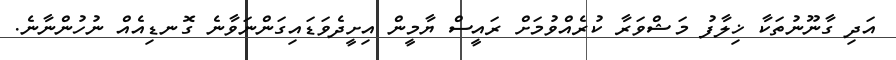
އަދި ގާނޫނުތަކާ ޚިލާފު މަޝްވަރާ ކުރެއްވުމަށް ރައީސް ޔާމީން އިށީދެވަޑައިގަންނަވާނެ ގޮނޑިއެއް ނުހުންނާނެ.